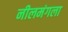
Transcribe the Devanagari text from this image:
नीलमंगला